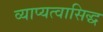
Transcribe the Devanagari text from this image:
व्याप्यत्वासिद्ध